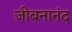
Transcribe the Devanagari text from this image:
जीबनानंद